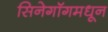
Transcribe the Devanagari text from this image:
सिनेगॉगमधून